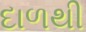
દાળથી